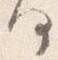
何